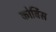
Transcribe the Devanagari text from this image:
कोर्बिस